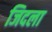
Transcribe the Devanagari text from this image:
जिदला